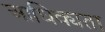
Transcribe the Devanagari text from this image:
आधिक्यता